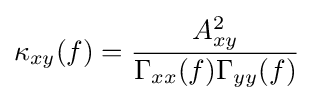
\kappa _{xy}(f)={\frac {A_{xy}^{2}}{\Gamma _{xx}(f)\Gamma _{yy}(f)}}